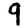
Digit: 9